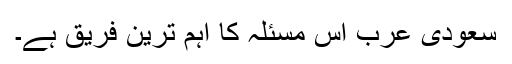
سعودی عرب اس مسئلہ کا اہم ترین فریق ہے۔